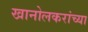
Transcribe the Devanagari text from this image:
खानोलकरांच्या